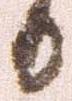
日